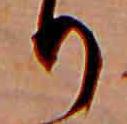
り